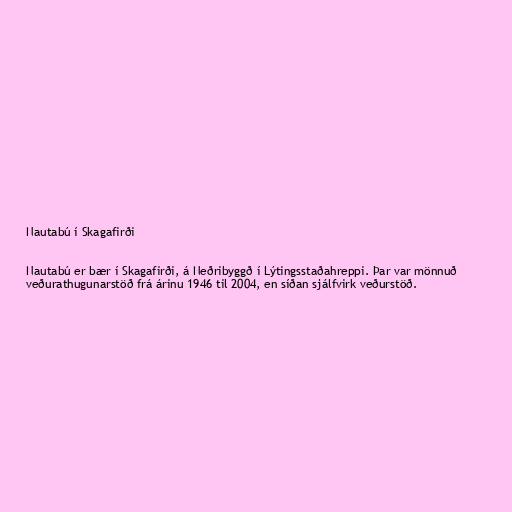
Nautabú í Skagafirði

Nautabú er bær í Skagafirði, á Neðribyggð í Lýtingsstaðahreppi. Þar var mönnuð
veðurathugunarstöð frá árinu 1946 til 2004, en síðan sjálfvirk veðurstöð.